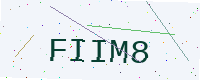
Text: FIIM8